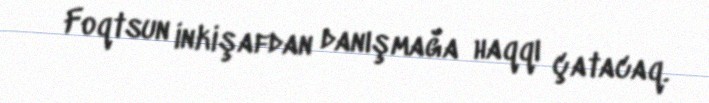
Foqtsun inkişafdan danışmağa haqqı çatacaq.